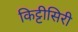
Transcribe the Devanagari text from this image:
किट्टीसिरी